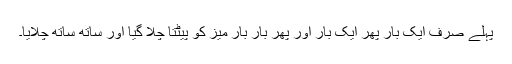
پہلے صرف ایک بار پھر ایک بار اور پھر بار بار میز کو پیٹتا چلا گیا اور ساتھ ساتھ چلایا۔